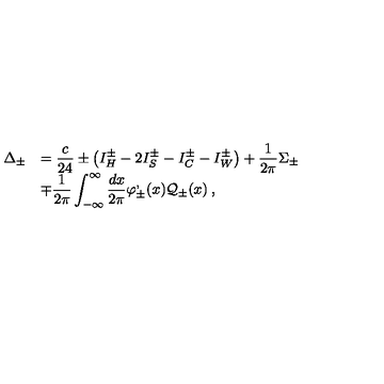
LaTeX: \begin{array} { r l } { \displaystyle \Delta _ { \pm } } & { = \displaystyle \frac { c } { 2 4 } \pm \left( I _ { H } ^ { \pm } - 2 I _ { S } ^ { \pm } - I _ { C } ^ { \pm } - I _ { W } ^ { \pm } \right) + \displaystyle \frac { 1 } { 2 \pi } \Sigma _ { \pm } } \\ { } & { \mp \displaystyle \frac { 1 } { 2 \pi } \displaystyle \int _ { - \infty } ^ { \infty } \displaystyle \frac { d x } { 2 \pi } \varphi _ { \pm } ^ { , } ( x ) { \cal Q } _ { \pm } ( x ) \: , } \\ \end{array}